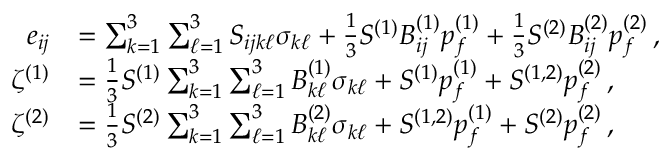
\begin{array} { r l } { e _ { i j } } & { = \sum _ { k = 1 } ^ { 3 } \sum _ { \ell = 1 } ^ { 3 } S _ { i j k \ell } \sigma _ { k \ell } + \frac { 1 } { 3 } S ^ { ( 1 ) } B _ { i j } ^ { ( 1 ) } p _ { f } ^ { ( 1 ) } + \frac { 1 } { 3 } S ^ { ( 2 ) } B _ { i j } ^ { ( 2 ) } p _ { f } ^ { ( 2 ) } \, , } \\ { \zeta ^ { ( 1 ) } } & { = \frac { 1 } { 3 } S ^ { ( 1 ) } \sum _ { k = 1 } ^ { 3 } \sum _ { \ell = 1 } ^ { 3 } B _ { k \ell } ^ { ( 1 ) } \sigma _ { k \ell } + S ^ { ( 1 ) } p _ { f } ^ { ( 1 ) } + S ^ { ( 1 , 2 ) } p _ { f } ^ { ( 2 ) } \, , } \\ { \zeta ^ { ( 2 ) } } & { = \frac { 1 } { 3 } S ^ { ( 2 ) } \sum _ { k = 1 } ^ { 3 } \sum _ { \ell = 1 } ^ { 3 } B _ { k \ell } ^ { ( 2 ) } \sigma _ { k \ell } + S ^ { ( 1 , 2 ) } p _ { f } ^ { ( 1 ) } + S ^ { ( 2 ) } p _ { f } ^ { ( 2 ) } \, , } \end{array}